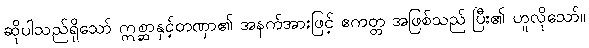
ဆိုပါသည်ရှိသော် ဣစ္ဆာနှင့်တဏှာ၏ အနက်အားဖြင့် ဧကတ္တ အဖြစ်သည် ပြီး၏ ဟူလိုသော်။